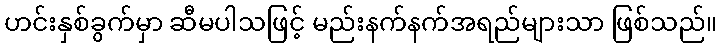
ဟင်းနှစ်ခွက်မှာ ဆီမပါသဖြင့် မည်းနက်နက်အရည်များသာ ဖြစ်သည်။